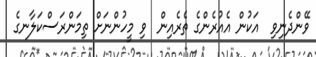
ވޭންދެނިވި  އަކުން އެއުރެންގެ ތެރެއިން  ވި މީހުންނަށް ތިމަންރަސްކަލާނގެ